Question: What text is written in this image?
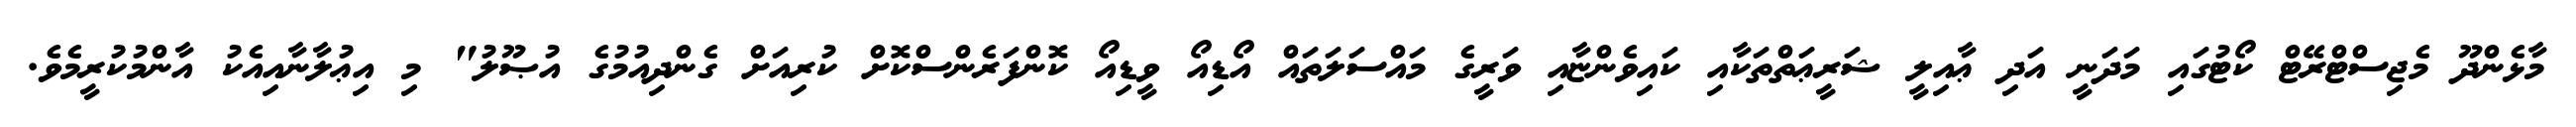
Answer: މާޅެންދޫ މެޖިސްޓްރޭޓް ކޯޓުގައި މަދަނީ އަދި ޢާއިލީ ޝަރީޢަތްތަކާއި ކައިވެންޏާއި ވަރީގެ މައްސަލަތައް އޯޑިއޯ ވީޑިއޯ ކޮންފަރެންސްކޮށް ކުރިއަށް ގެންދިއުމުގެ އުޞޫލު" މި އިޢުލާނާއިއެކު އާންމުކުރީމެވެ.